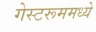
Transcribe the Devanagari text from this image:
गेस्टरूममध्ये